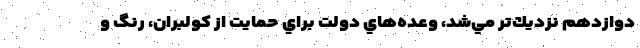
دوازدهم نزديك‌تر مي‌شد، وعده‌هاي دولت براي حمايت از كولبران، رنگ و